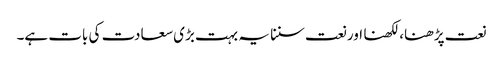
نعت پڑھنا، لکھنا اور نعت سننا یہ بہت بڑی سعادت کی بات ہے۔